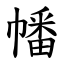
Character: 幡